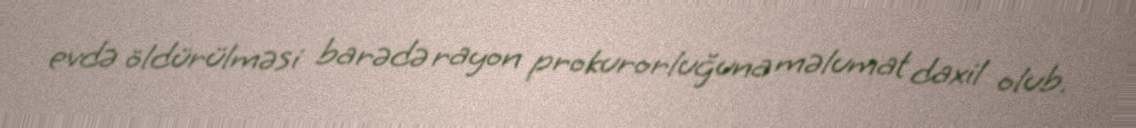
evdə öldürülməsi barədə rayon prokurorluğuna məlumat daxil olub.